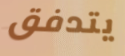
يتدفق